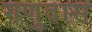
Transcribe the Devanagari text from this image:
गणुदास